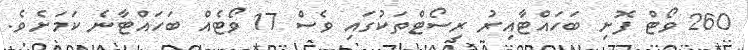
260 ވޯޓް ފޮށި ބަހައްޓާއިރު ރިސޯޓްތަކުގައި ވެސް 17 ވޯޓެއް ބަހައްޓާނެ ކަމަށެވެ.